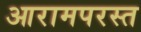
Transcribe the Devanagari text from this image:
आरामपरस्त